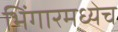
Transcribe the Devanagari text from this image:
भिंगारमध्येच